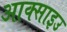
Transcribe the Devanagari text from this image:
आक्साइउ